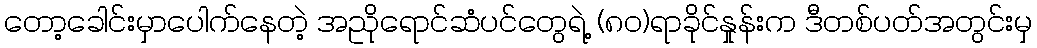
တော့ခေါင်းမှာပေါက်နေတဲ့ အညိုရောင်ဆံပင်တွေရဲ့ (၈၀)ရာခိုင်နှုန်းက ဒီတစ်ပတ်အတွင်းမှ